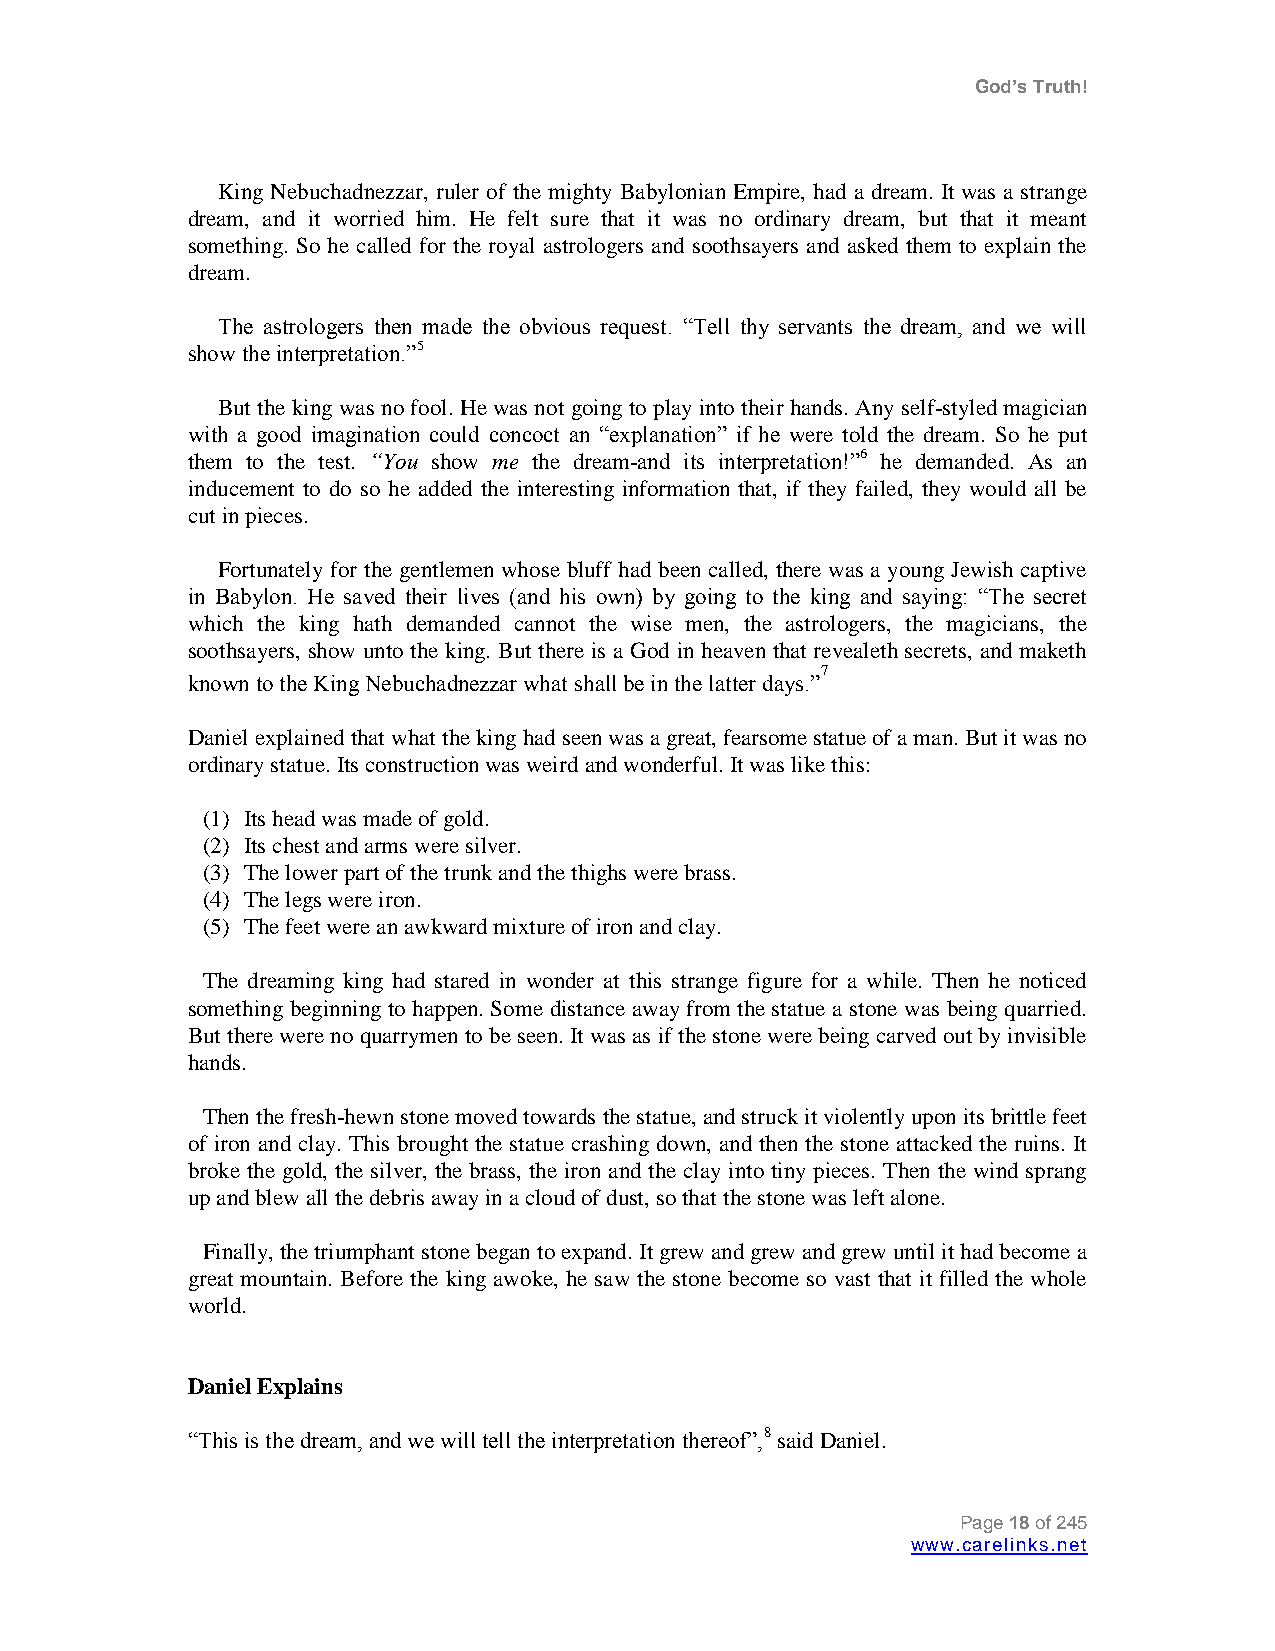
God’s Truth!
 King Nebuchadnezzar, ruler of the mighty Babylonian Empire, had a dream. It was a strange
 dream, and it worried him. He felt sure that it was no ordinary dream, but that it meant
 something. So he called for the royal astrologers and soothsayers and asked them to explain the
 dream.
 The astrologers then made the obvious request. “Tell thy servants the dream, and we will
 show the interpretation.”5
 But the king was no fool. He was not going to play into their hands. Any self-styled magician
 with a good imagination could concoct an “explanation” if he were told the dream. So he put
 them to the test. “You show me the dream-and its interpretation!”6 he demanded. As an
 inducement to do so he added the interesting information that, if they failed, they would all be
 cut in pieces.
 Fortunately for the gentlemen whose bluff had been called, there was a young Jewish captive
 in Babylon. He saved their lives (and his own) by going to the king and saying: “The secret
 which the king hath demanded cannot the wise men, the astrologers, the magicians, the
 soothsayers, show unto the king. But there is a God in heaven that revealeth secrets, and maketh
 7
 known to the King Nebuchadnezzar what shall be in the latter days.”
 Daniel explained that what the king had seen was a great, fearsome statue of a man. But it was no
 ordinary statue. Its construction was weird and wonderful. It was like this:
 (1) Its head was made of gold.
 (2) Its chest and arms were silver.
 (3) The lower part of the trunk and the thighs were brass.
 (4) The legs were iron.
 (5) The feet were an awkward mixture of iron and clay.
 The dreaming king had stared in wonder at this strange figure for a while. Then he noticed
 something beginning to happen. Some distance away from the statue a stone was being quarried.
 But there were no quarrymen to be seen. It was as if the stone were being carved out by invisible
 hands.
 Then the fresh-hewn stone moved towards the statue, and struck it violently upon its brittle feet
 of iron and clay. This brought the statue crashing down, and then the stone attacked the ruins. It
 broke the gold, the silver, the brass, the iron and the clay into tiny pieces. Then the wind sprang
 up and blew all the debris away in a cloud of dust, so that the stone was left alone.
 Finally, the triumphant stone began to expand. It grew and grew and grew until it had become a
 great mountain. Before the king awoke, he saw the stone become so vast that it filled the whole
 world.
 Daniel Explains
 “This is the dream, and we will tell the interpretation thereof”,8 said Daniel.
 Page 18 of 245
 www.carelinks.net